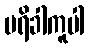
ပရိခါကူပါ